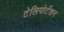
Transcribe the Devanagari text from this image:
टेलिपोर्टेशन